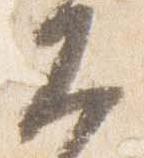
大